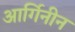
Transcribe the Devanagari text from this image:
आर्गिनीन